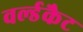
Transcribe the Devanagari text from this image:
वर्ल्डकैट